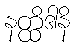
နတ္ထိဒါနိ